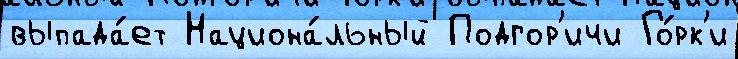
выпада́ет Национа́льный Подгор'ичи Го́рк'и